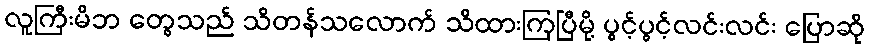
လူကြီးမိဘ တွေသည် သိတန်သလောက် သိထားကြပြီမို့ ပွင့်ပွင့်လင်းလင်း ပြောဆို